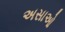
અસાઓ